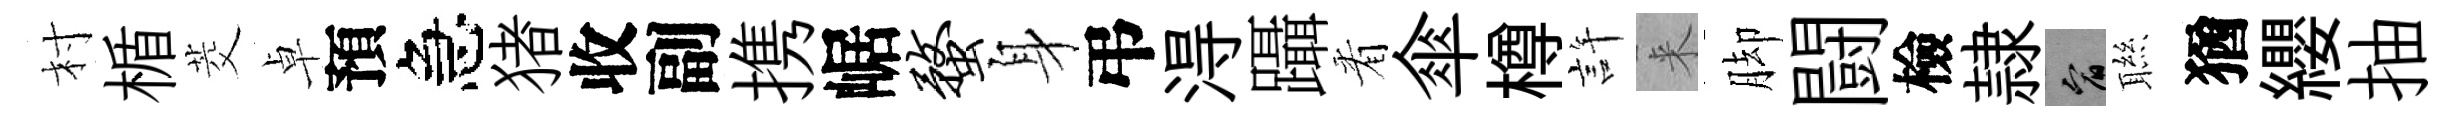
村楯茭卓預急猪收副携崌蝥身弔淂躡㸔傘樽許来脚闘檢隷宥聮猶纓抽